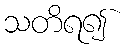
သတိရ၍